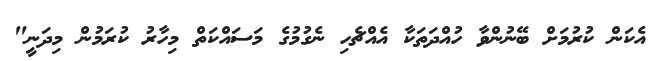
އެކަން ކުރުމަށް ބޭނުންވާ ހުއްދަތަކާ އެއްޗެހި ނެގުމުގެ މަސައްކަތް މިހާރު ކުރަމުން މިދަނީ"